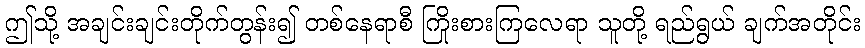
ဤသို့ အချင်းချင်းတိုက်တွန်း၍ တစ်နေရာစီ ကြိုးစားကြလေရာ သူတို့ ရည်ရွယ် ချက်အတိုင်း